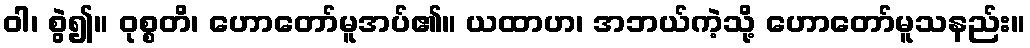
ဝါ၊ စွဲ၍။ ဝုစ္စတိ၊ ဟောတော်မူအပ်၏။ ယထာဟ၊ အဘယ်ကဲ့သို့ ဟောတော်မူသနည်း။